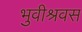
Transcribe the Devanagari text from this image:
भुवीश्रवस